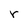
Character: r